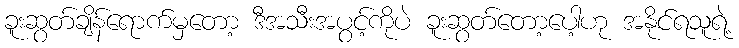
ခူးဆွတ်ချိန်ရောက်မှတော့ ဒီအသီးအပွင့်ကိုပဲ ခူးဆွတ်တော့ပေါ့ဟု အနိုင်ရသူရဲ့